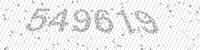
Solution: 549619